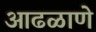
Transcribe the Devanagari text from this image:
आढळाणे